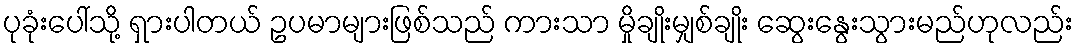
ပုခုံးပေါ်သို့ ရှားပါတယ် ဥပမာများဖြစ်သည် ကားသာ မှိုချိုးမျှစ်ချိုး ဆွေးနွေးသွားမည်ဟုလည်း